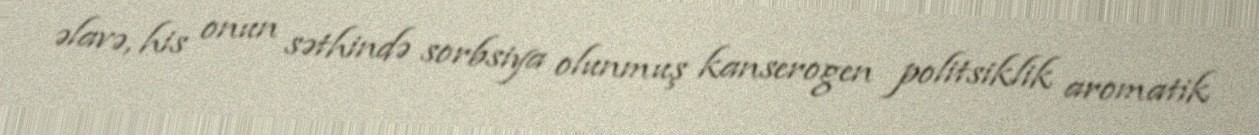
əlavə, his onun səthində sorbsiya olunmuş kanserogen politsiklik aromatik